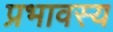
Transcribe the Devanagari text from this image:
प्रभावस्य